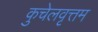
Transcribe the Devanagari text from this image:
कुचेलवृत्तम